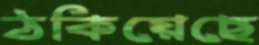
ঠকিয়েছে